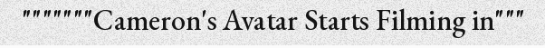
"""""""Cameron's Avatar Starts Filming in"""